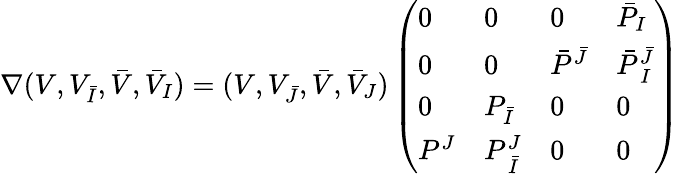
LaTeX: \nabla(V,V_{\bar{I}},\bar{V},\bar{V}_{I})=(V,V_{\bar{J}},\bar{V},\bar{V}_{J})\left(\begin{array}{llll}{{0}}&{{0}}&{{0}}&{{\bar{P}_{I}}}\\ {{0}}&{{0}}&{{\bar{P}^{\bar{J}}}}&{{\bar{P}_{\ I}^{\bar{J}}}}\\ {{0}}&{{P_{\bar{I}}}}&{{0}}&{{0}}\\ {{P^{J}}}&{{P_{\ \bar{I}}^{J}}}&{{0}}&{{0}}\end{array}\right)